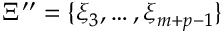
\Xi ^ { \prime \prime } = \{ \xi _ { 3 } , \ldots , \xi _ { m + p - 1 } \}